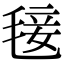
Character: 𣮍